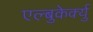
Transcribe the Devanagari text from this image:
एल्बुकेर्क्यु